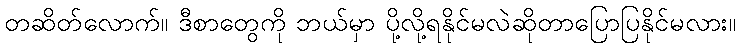
တဆိတ်လောက်။ ဒီစာတွေကို ဘယ်မှာ ပို့လို့ရနိုင်မလဲဆိုတာပြောပြနိုင်မလား။